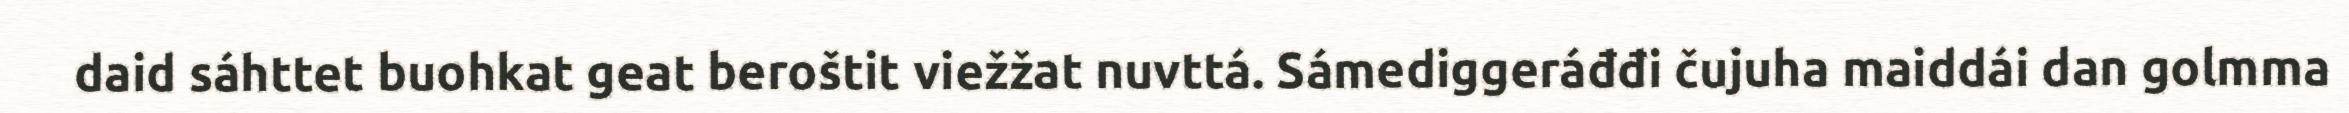
daid sáhttet buohkat geat beroštit viežžat nuvttá. Sámediggeráđđi čujuha maiddái dan golmma